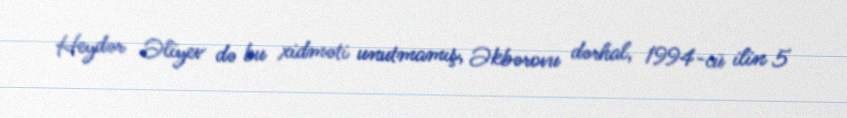
Heydər Əliyev də bu xidməti unutmamış, Əkbərovu dərhal, 1994-cü ilin 5